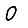
Digit: 0